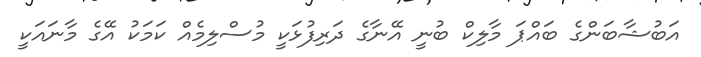
އަބުޝާބަންގެ ބައްޕަ މާލިކް ބުނީ އޭނާގެ ދަރިފުޅަކީ މުސްލިމެއް ކަމަކު އޭގެ މާނައަކީ